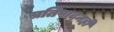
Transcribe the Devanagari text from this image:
प्रतिपादनही